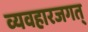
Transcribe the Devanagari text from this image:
व्यवहारजगत्‌